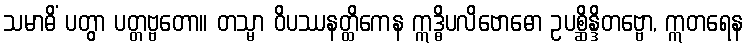
သမာဓိံ ပတွာ ပတ္တဗ္ဗတော။ တသ္မာ ဝိပဿနတ္ထိကေန ဣဒ္ဓိပလိဗောဓော ဥပစ္ဆိန္ဒိတဗ္ဗော, ဣတရေန